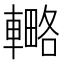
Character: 𨎟